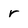
Character: r